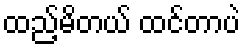
ထည့်မိတယ် ထင်တာပဲ